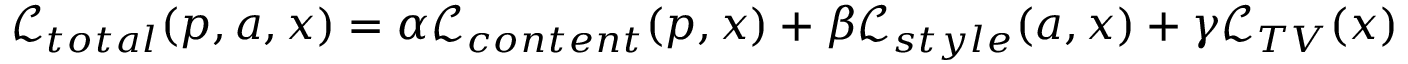
\mathcal { L } _ { t o t a l } ( p , a , x ) = \alpha \mathcal { L } _ { c o n t e n t } ( p , x ) + \beta \mathcal { L } _ { s t y l e } ( a , x ) + \gamma \mathcal { L } _ { T V } ( x )